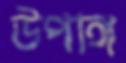
উপাঙ্গ